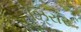
ઝિરાર